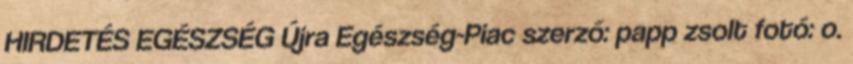
HIRDETÉS EGÉSZSÉG Újra Egészség-Piac szerző: papp zsolt fotó: o.